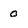
Character: 0